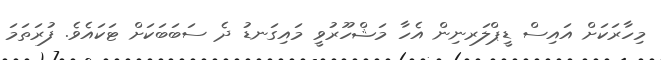
މިހާރަކަށް އައިސް ޑީޕްލަރނިން އެހާ މަޝްހޫރުވީ މައިގަނޑު ދެ ސަބަބަކަށް ޓަކައެވެ. ފުރަތަމަ